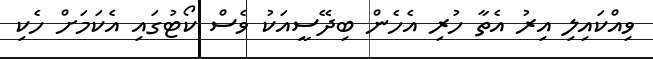
ވިއްކައިލި އިރު އެތާ ހުރި އެހެން ބިދޭސީއަކު ވެސް ކޯޓުގައި އެކަމަށް ހެކި